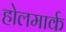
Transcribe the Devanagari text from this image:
होलमार्क